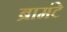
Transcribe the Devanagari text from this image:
ब्रामंटे